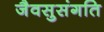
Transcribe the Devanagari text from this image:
जैवसुसंगति